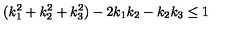
( k _ { 1 } ^ { 2 } + k _ { 2 } ^ { 2 } + k _ { 3 } ^ { 2 } ) - 2 k _ { 1 } k _ { 2 } - k _ { 2 } k _ { 3 } \leq 1